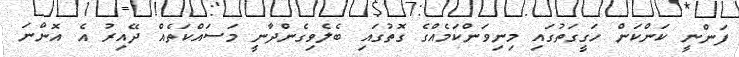
ފަންނީ ކަންކަން ހަގީގަތުގައި މިނިވަންކަމެއްގެ ގޮތުގައި ބެލެވިގެންދާނީ މަސައްކަތެއް ދޭއިރު އެ އޮންނަ